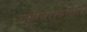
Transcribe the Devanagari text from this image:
जुब्बारहत्ती